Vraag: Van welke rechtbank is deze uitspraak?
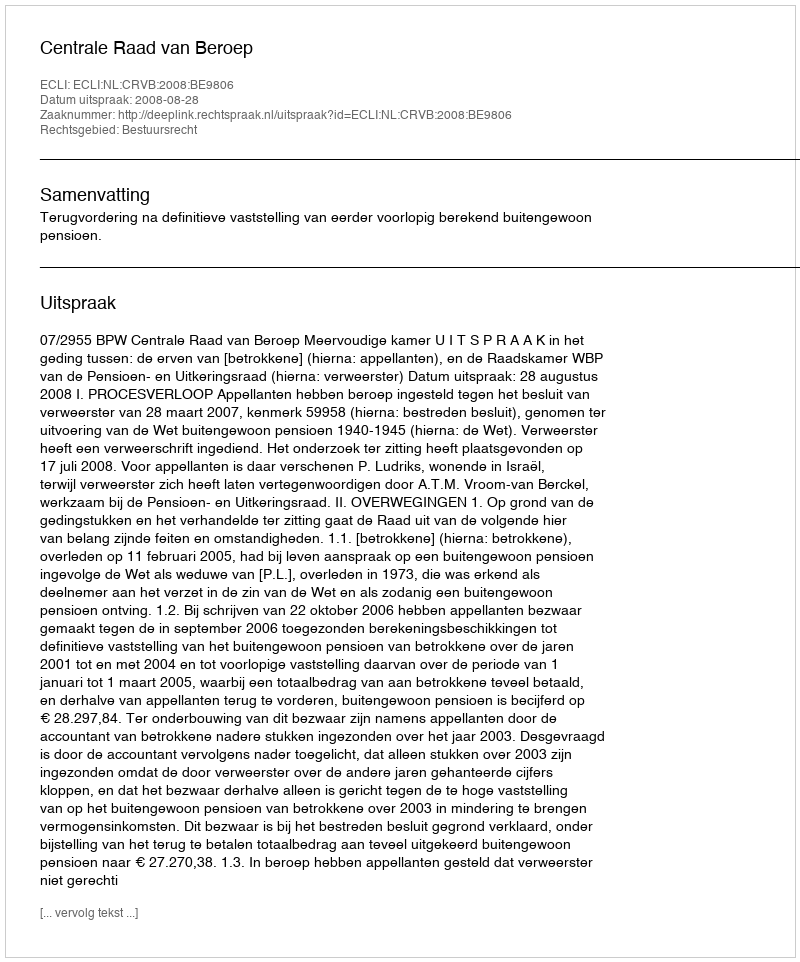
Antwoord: Centrale Raad van Beroep